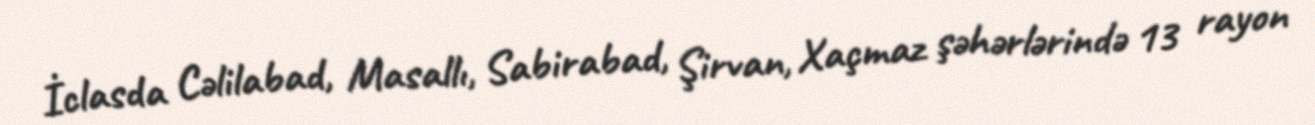
İclasda Cəlilabad, Masallı, Sabirabad, Şirvan, Xaçmaz şəhərlərində 13 rayon